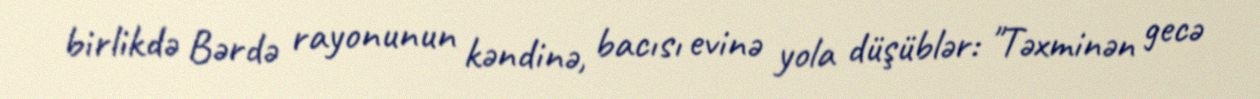
birlikdə Bərdə rayonunun kəndinə, bacısı evinə yola düşüblər: "Təxminən gecə